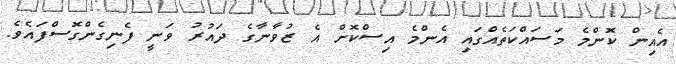
އެއިން ކޮންމެ މަސައްކަތެއްގައި އެންމެ އިސްކޮށް އެ ޒުވާނާގެ ދައުރު ވަނީ ފެނިގެންގޮސްފައެވެ.